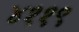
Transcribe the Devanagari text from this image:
४११९